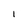
Character: 1